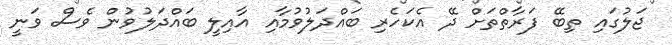
ޖަލުގައި ތިބޭ ފަރާތްތަށް ދޭ އެކަހެރި ބައްދަލުވުމާއި އާއިލީ ބައްދަލުވުން ވެސް ވަނީ